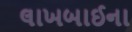
લાખબાઈના